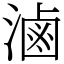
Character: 滷